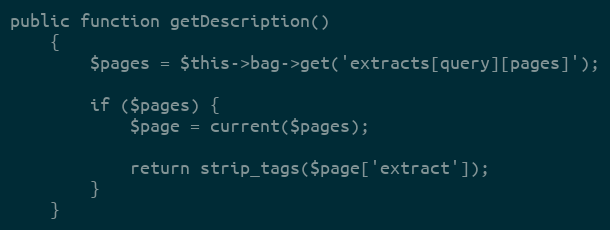
Language: PHP
public function getDescription()
    {
        $pages = $this->bag->get('extracts[query][pages]');

        if ($pages) {
            $page = current($pages);

            return strip_tags($page['extract']);
        }
    }